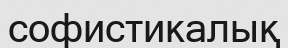
софистикалық